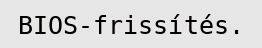
BIOS-frissítés.